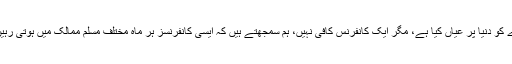
بے شک ایران میں ہونے والی اس عالمی کانفرنس نے تکفیریت اور انتہا پسندی کے اصلی چہرے کو دنیا پر عیاں کیا ہے، مگر ایک کانفرنس کافی نہیں، ہم سمجھتے ہیں کہ ایسی کانفرنسز ہر ماہ مختلف مسلم ممالک میں ہوتی رہیں اور علمائے حق عالمِ اسلام اور دنیا کے عدل پسندوں کو تکفیری خطرات سے آگاہ کرتے رہیں۔